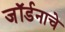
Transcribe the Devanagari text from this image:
जॉर्डनाचे